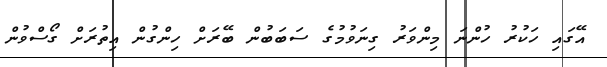
އޭގައި ހަކުރު ހުންނަ މިންވަރު ގިނަވުމުގެ ސަބަބުން ބޭރަށް ހިންގުން އިތުރަށް ގޯސްވުން